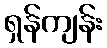
ရှန်ကျန်း